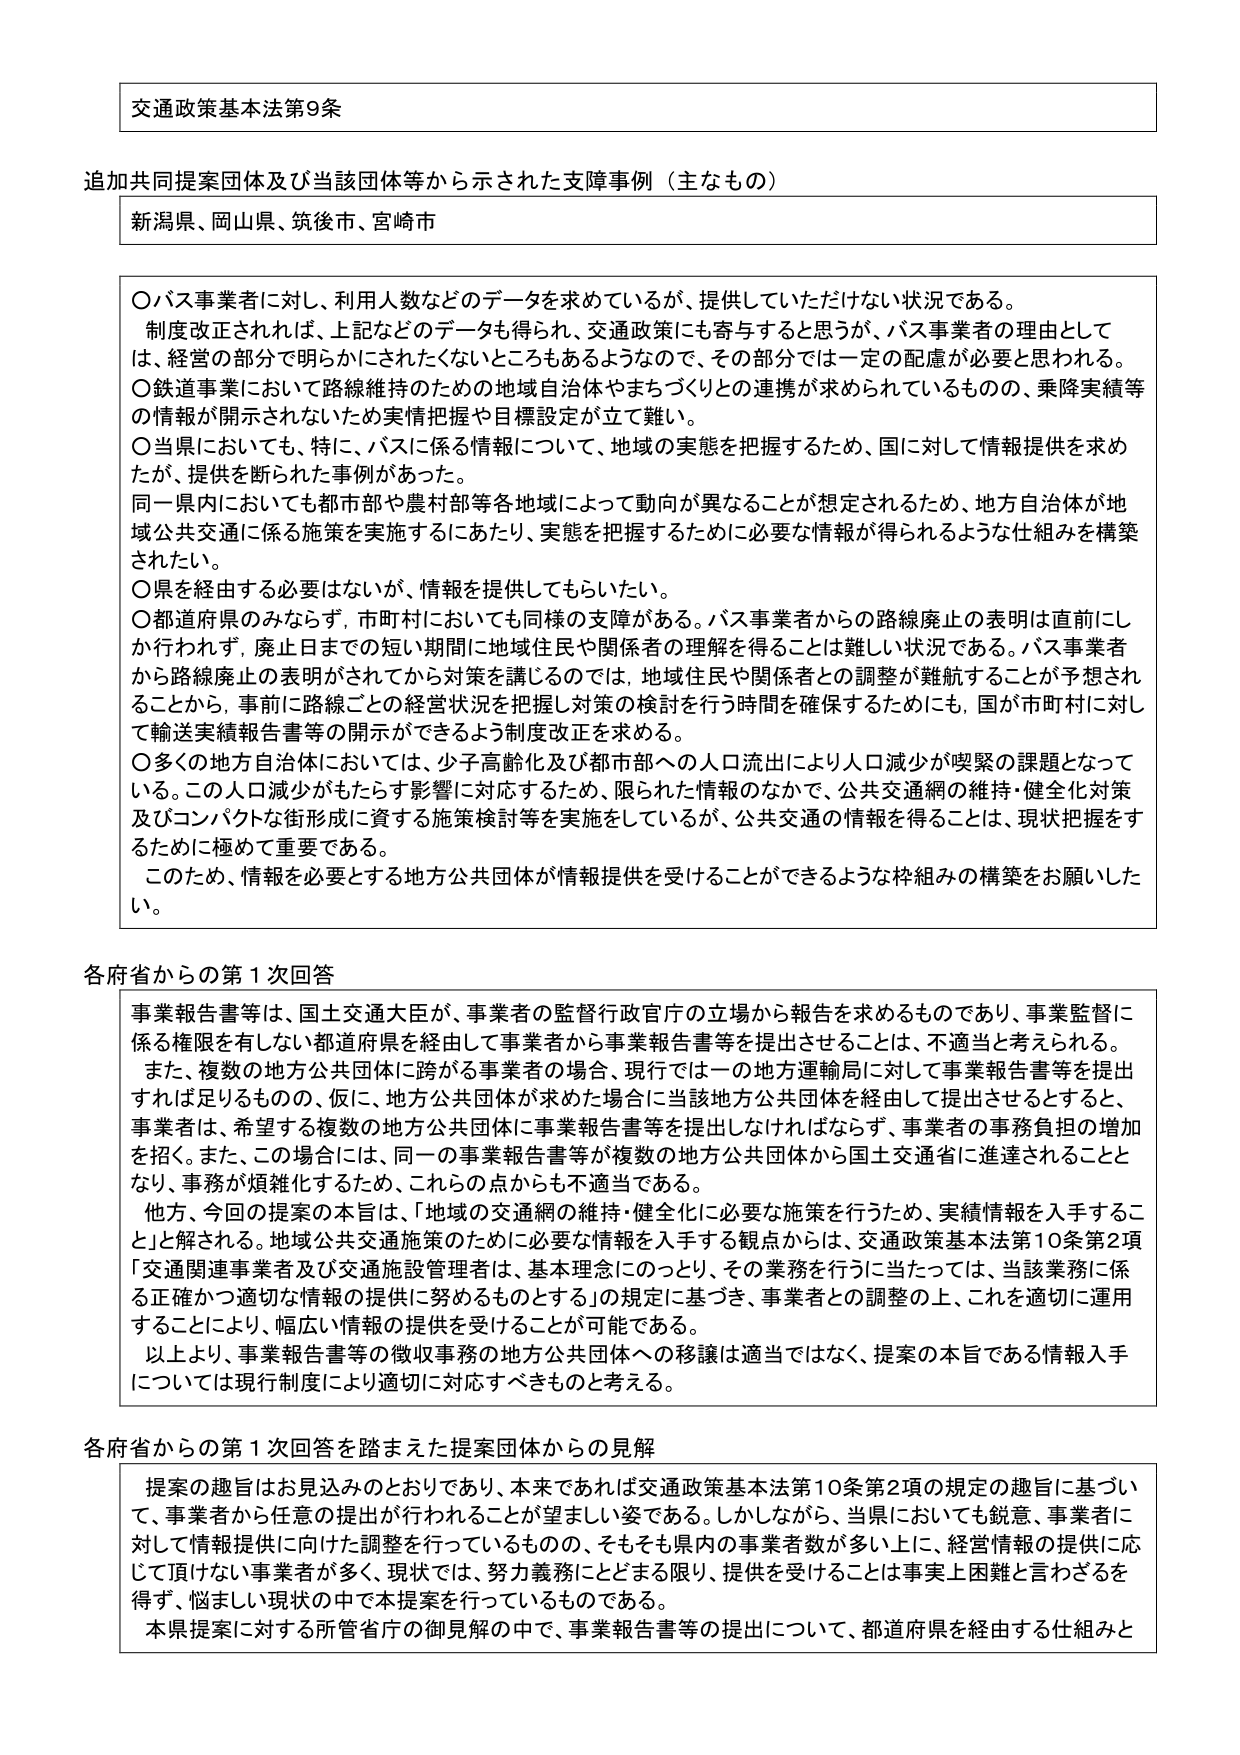
交通政策基本法第9条

追加共同提案団体及び当該団体等から示された支援事例（主なもの）
新潟県、岡山県、筑後市、宮崎市

○バス事業者に対し、利用人数などのデータを求めているが、提供していただけない状況である。
制度改正されれば、上記などのデータも得られ、交通政策にも寄与すると思うが、バス事業者の理由としては、経営の部分で明らかにされたくないところもあるようなので、その部分では一定の配慮が必要と思われる。
○鉄道事業において路線維持のための地域自治体やまちづくりとの連携が求められているものの、乗降実績等の情報が開示されないため実情把握や目標設定が立て難い。
○当県においても、特に、バスに係る情報について、地域の実態を把握するため、国に対して情報提供を求めたが、提供を断られた事例があった。
同一県内においても都市部や農村部等各地域によって動向が異なることが想定されるため、地方自治体が地域公共交通に係る施策を実施するにあたり、実態を把握するために必要な情報が得られるような仕組みを構築されたい。
○県を経由する必要はないが、情報を提供してもらいたい。
○都道府県のみならず、市町村においても同様の支援がある。バス事業者からの路線廃止の表明は直前にしか行われず、廃止日までの短い期間に地域住民や関係者の理解を得ることは難しい状況である。バス事業者から路線廃止の表明がされてから対策を講じるのでは、地域住民や関係者との調整が難航することが予想されることから、事前に路線ごとの経営状況を把握し対策の検討を行う時間を確保するためにも、国が市町村に対して輸送実績報告書等の開示ができるよう制度改正を求める。
○多くの地方自治体においては、少子高齢化及び都市部への人口流出により人口減少が喫緊の課題となっている。この人口減少がもたらす影響に対応するため、限られた情報のなかで、公共交通網の維持・健全化対策及びコンパクトな街形成に資する施策検討等を実施しているが、公共交通の情報を得ることは、現状把握をするために極めて重要である。
このため、情報を必要とする地方公共団体が情報提供を受けることができるような枠組みの構築をお願いしたい。

各府省からの第1次回答
事業報告書等は、国土交通大臣が、事業者の監督行政官庁の立場から報告を求めるものであり、事業監督に係る権限を有しない都道府県を経由して事業者から事業報告書等を提出させることは、不適当と考えられる。
また、複数の地方公共団体に跨がる事業者の場合、現行では一の地方運輸局に対して事業報告書等を提出すれば足りるものので、仮に、地方公共団体が求めた場合に当該地方公共団体を経由して提出させるとすると、事業者は、希望する複数の地方公共団体に事業報告書等を提出しなければならず、事業者の事務負担の増加を招く。また、この場合には、同一の事業報告書等が複数の地方公共団体から国土交通省に進達されることとなり、事務が煩雑化するため、これらの点からも不適当である。
他方、今回の提案の本旨は、「地域の交通網の維持・健全化に必要な施策を行うため、実績情報を入手すること」と解される。地域公共交通施策のために必要な情報を入手する観点からは、交通政策基本法第10条第2項「交通関連事業者及び交通施設管理者は、基本理念にのっとり、その業務を行うに当たっては、当該業務に係る正確かつ適切な情報の提供に努めるものとする」の規定に基づき、事業者との調整の上、これを適切に運用することにより、幅広い情報の提供を受けることが可能である。
以上より、事業報告書等の徴収事務の地方公共団体への移譲は適当ではなく、提案の本旨である情報入手については現行制度により適切に対応すべきものと考える。

各府省からの第1次回答を踏まえた提案団体からの見解
提案の趣旨はお見込みのとおりであり、本来であれば交通政策基本法第10条第2項の規定の趣旨に基づいて、事業者から任意の提出が行われることが望ましい姿である。しかしながら、当県においても鋭意、事業者に対して情報提供に向けた調整を行っているものの、そもそも県内の事業者数が多い上に、経営情報の提供に応じて頂けない事業者が多く、現状では、努力義務にとどまる限り、提供を受けることは事実上困難と言わざるを得ず、悩ましい現状の中で本提案を行っているものである。
本県提案に対する所管省庁の御見解の中で、事業報告書等の提出について、都道府県を経由する仕組みと